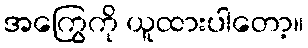
အကြွေကို ယူထားပါတော့။